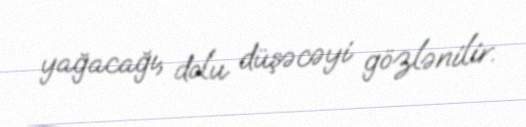
yağacağı, dolu düşəcəyi gözlənilir.